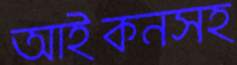
আইকনসহ